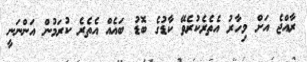
ރާއްޖެ އަށް މިހާރު އެތެރެކުރެވޭ ކާޑުގެ ބޮޑު ބައެއް އެތެރެ ކުރަމުން އަންނަނީ